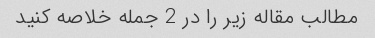
مطالب مقاله زیر را در 2 جمله خلاصه کنید